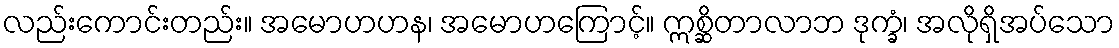
လည်းကောင်းတည်း။ အမောဟဟန၊ အမောဟကြောင့်။ ဣစ္ဆိတာလာဘ ဒုက္ခံ၊ အလိုရှိအပ်သော